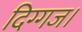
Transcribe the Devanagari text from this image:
दिग्गज।